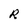
Character: R